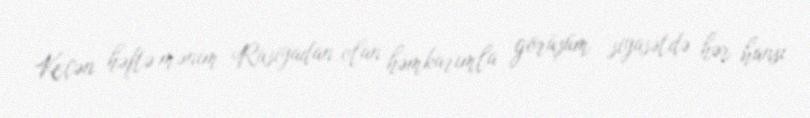
Keçən həftə mənim Rusiyadan olan həmkarımla görüşüm siyasətdə hər hansı